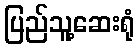
ပြည်သူ့ဆေးရုံ